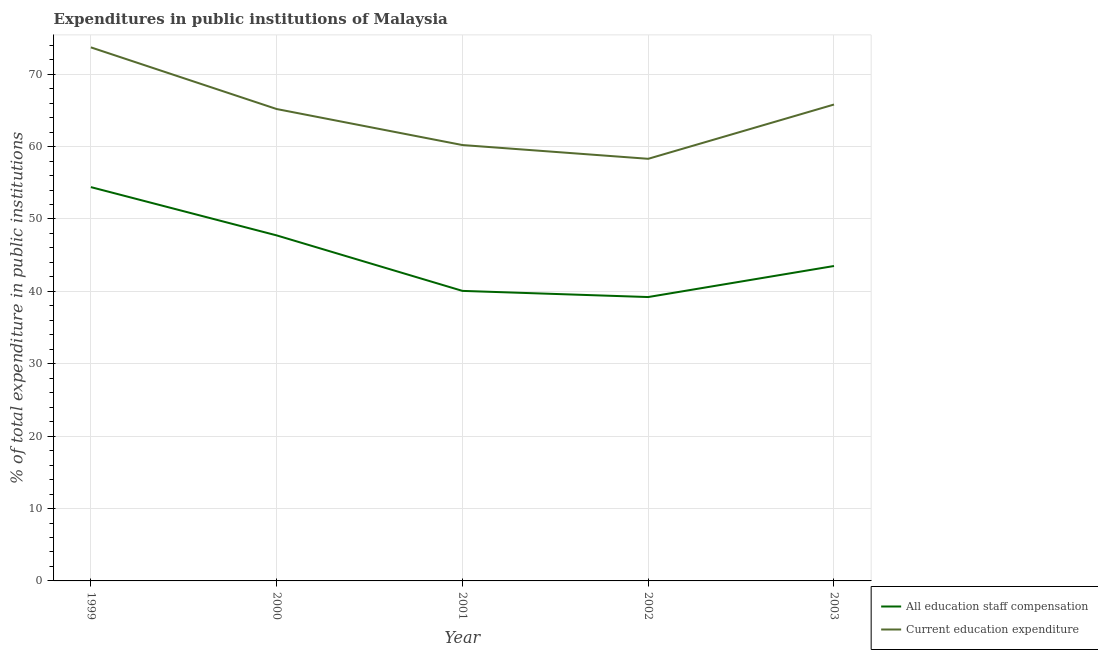
| Year | All education staff compensation | Current education expenditure |
 | --- | --- | --- |
 | 1999 | 54.4 | 73.7 |
 | 2000 | 47.7 | 65.2 |
 | 2001 | 40.1 | 60.2 |
 | 2002 | 39.2 | 58.3 |
 | 2003 | 43.5 | 65.8 |